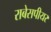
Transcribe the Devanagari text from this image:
राबेसपीयर